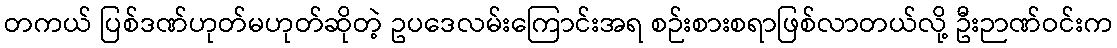
တကယ် ပြစ်ဒဏ်ဟုတ်မဟုတ်ဆိုတဲ့ ဥပဒေလမ်းကြောင်းအရ စဉ်းစားစရာဖြစ်လာတယ်လို့ ဦးဉာဏ်ဝင်းက